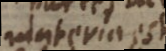
materia est